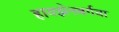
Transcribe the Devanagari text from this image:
हायझेनबर्गचा